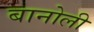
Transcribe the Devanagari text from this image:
बानोली